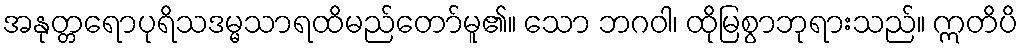
အနုတ္တရောပုရိသဒမ္မသာရထိမည်တော်မူ၏။ သော ဘဂဝါ၊ ထိုမြစွာဘုရားသည်။ ဣတိပိ